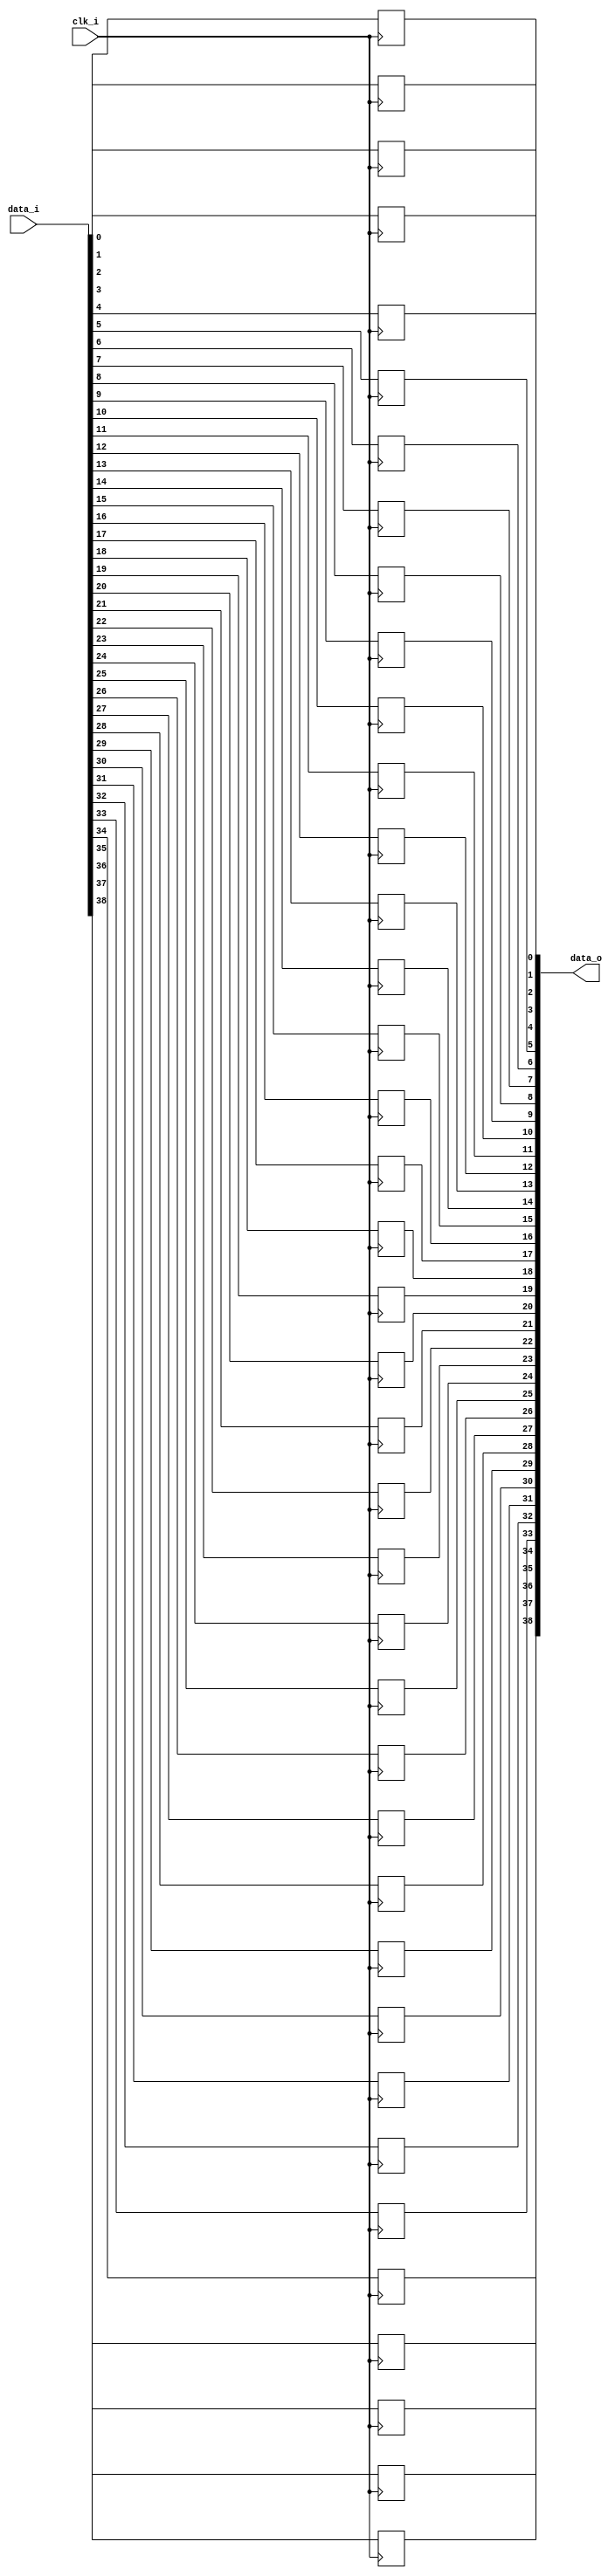
module bsg_dff_width_p39
(
  clk_i,
  data_i,
  data_o
);

  input [38:0] data_i;
  output [38:0] data_o;
  input clk_i;
  wire [38:0] data_o;
  reg data_o_38_sv2v_reg,data_o_37_sv2v_reg,data_o_36_sv2v_reg,data_o_35_sv2v_reg,
  data_o_34_sv2v_reg,data_o_33_sv2v_reg,data_o_32_sv2v_reg,data_o_31_sv2v_reg,
  data_o_30_sv2v_reg,data_o_29_sv2v_reg,data_o_28_sv2v_reg,data_o_27_sv2v_reg,
  data_o_26_sv2v_reg,data_o_25_sv2v_reg,data_o_24_sv2v_reg,data_o_23_sv2v_reg,
  data_o_22_sv2v_reg,data_o_21_sv2v_reg,data_o_20_sv2v_reg,data_o_19_sv2v_reg,data_o_18_sv2v_reg,
  data_o_17_sv2v_reg,data_o_16_sv2v_reg,data_o_15_sv2v_reg,data_o_14_sv2v_reg,
  data_o_13_sv2v_reg,data_o_12_sv2v_reg,data_o_11_sv2v_reg,data_o_10_sv2v_reg,
  data_o_9_sv2v_reg,data_o_8_sv2v_reg,data_o_7_sv2v_reg,data_o_6_sv2v_reg,
  data_o_5_sv2v_reg,data_o_4_sv2v_reg,data_o_3_sv2v_reg,data_o_2_sv2v_reg,data_o_1_sv2v_reg,
  data_o_0_sv2v_reg;
  assign data_o[38] = data_o_38_sv2v_reg;
  assign data_o[37] = data_o_37_sv2v_reg;
  assign data_o[36] = data_o_36_sv2v_reg;
  assign data_o[35] = data_o_35_sv2v_reg;
  assign data_o[34] = data_o_34_sv2v_reg;
  assign data_o[33] = data_o_33_sv2v_reg;
  assign data_o[32] = data_o_32_sv2v_reg;
  assign data_o[31] = data_o_31_sv2v_reg;
  assign data_o[30] = data_o_30_sv2v_reg;
  assign data_o[29] = data_o_29_sv2v_reg;
  assign data_o[28] = data_o_28_sv2v_reg;
  assign data_o[27] = data_o_27_sv2v_reg;
  assign data_o[26] = data_o_26_sv2v_reg;
  assign data_o[25] = data_o_25_sv2v_reg;
  assign data_o[24] = data_o_24_sv2v_reg;
  assign data_o[23] = data_o_23_sv2v_reg;
  assign data_o[22] = data_o_22_sv2v_reg;
  assign data_o[21] = data_o_21_sv2v_reg;
  assign data_o[20] = data_o_20_sv2v_reg;
  assign data_o[19] = data_o_19_sv2v_reg;
  assign data_o[18] = data_o_18_sv2v_reg;
  assign data_o[17] = data_o_17_sv2v_reg;
  assign data_o[16] = data_o_16_sv2v_reg;
  assign data_o[15] = data_o_15_sv2v_reg;
  assign data_o[14] = data_o_14_sv2v_reg;
  assign data_o[13] = data_o_13_sv2v_reg;
  assign data_o[12] = data_o_12_sv2v_reg;
  assign data_o[11] = data_o_11_sv2v_reg;
  assign data_o[10] = data_o_10_sv2v_reg;
  assign data_o[9] = data_o_9_sv2v_reg;
  assign data_o[8] = data_o_8_sv2v_reg;
  assign data_o[7] = data_o_7_sv2v_reg;
  assign data_o[6] = data_o_6_sv2v_reg;
  assign data_o[5] = data_o_5_sv2v_reg;
  assign data_o[4] = data_o_4_sv2v_reg;
  assign data_o[3] = data_o_3_sv2v_reg;
  assign data_o[2] = data_o_2_sv2v_reg;
  assign data_o[1] = data_o_1_sv2v_reg;
  assign data_o[0] = data_o_0_sv2v_reg;

  always @(posedge clk_i) begin
    if(1'b1) begin
      data_o_38_sv2v_reg <= data_i[38];
    end 
  end


  always @(posedge clk_i) begin
    if(1'b1) begin
      data_o_37_sv2v_reg <= data_i[37];
    end 
  end


  always @(posedge clk_i) begin
    if(1'b1) begin
      data_o_36_sv2v_reg <= data_i[36];
    end 
  end


  always @(posedge clk_i) begin
    if(1'b1) begin
      data_o_35_sv2v_reg <= data_i[35];
    end 
  end


  always @(posedge clk_i) begin
    if(1'b1) begin
      data_o_34_sv2v_reg <= data_i[34];
    end 
  end


  always @(posedge clk_i) begin
    if(1'b1) begin
      data_o_33_sv2v_reg <= data_i[33];
    end 
  end


  always @(posedge clk_i) begin
    if(1'b1) begin
      data_o_32_sv2v_reg <= data_i[32];
    end 
  end


  always @(posedge clk_i) begin
    if(1'b1) begin
      data_o_31_sv2v_reg <= data_i[31];
    end 
  end


  always @(posedge clk_i) begin
    if(1'b1) begin
      data_o_30_sv2v_reg <= data_i[30];
    end 
  end


  always @(posedge clk_i) begin
    if(1'b1) begin
      data_o_29_sv2v_reg <= data_i[29];
    end 
  end


  always @(posedge clk_i) begin
    if(1'b1) begin
      data_o_28_sv2v_reg <= data_i[28];
    end 
  end


  always @(posedge clk_i) begin
    if(1'b1) begin
      data_o_27_sv2v_reg <= data_i[27];
    end 
  end


  always @(posedge clk_i) begin
    if(1'b1) begin
      data_o_26_sv2v_reg <= data_i[26];
    end 
  end


  always @(posedge clk_i) begin
    if(1'b1) begin
      data_o_25_sv2v_reg <= data_i[25];
    end 
  end


  always @(posedge clk_i) begin
    if(1'b1) begin
      data_o_24_sv2v_reg <= data_i[24];
    end 
  end


  always @(posedge clk_i) begin
    if(1'b1) begin
      data_o_23_sv2v_reg <= data_i[23];
    end 
  end


  always @(posedge clk_i) begin
    if(1'b1) begin
      data_o_22_sv2v_reg <= data_i[22];
    end 
  end


  always @(posedge clk_i) begin
    if(1'b1) begin
      data_o_21_sv2v_reg <= data_i[21];
    end 
  end


  always @(posedge clk_i) begin
    if(1'b1) begin
      data_o_20_sv2v_reg <= data_i[20];
    end 
  end


  always @(posedge clk_i) begin
    if(1'b1) begin
      data_o_19_sv2v_reg <= data_i[19];
    end 
  end


  always @(posedge clk_i) begin
    if(1'b1) begin
      data_o_18_sv2v_reg <= data_i[18];
    end 
  end


  always @(posedge clk_i) begin
    if(1'b1) begin
      data_o_17_sv2v_reg <= data_i[17];
    end 
  end


  always @(posedge clk_i) begin
    if(1'b1) begin
      data_o_16_sv2v_reg <= data_i[16];
    end 
  end


  always @(posedge clk_i) begin
    if(1'b1) begin
      data_o_15_sv2v_reg <= data_i[15];
    end 
  end


  always @(posedge clk_i) begin
    if(1'b1) begin
      data_o_14_sv2v_reg <= data_i[14];
    end 
  end


  always @(posedge clk_i) begin
    if(1'b1) begin
      data_o_13_sv2v_reg <= data_i[13];
    end 
  end


  always @(posedge clk_i) begin
    if(1'b1) begin
      data_o_12_sv2v_reg <= data_i[12];
    end 
  end


  always @(posedge clk_i) begin
    if(1'b1) begin
      data_o_11_sv2v_reg <= data_i[11];
    end 
  end


  always @(posedge clk_i) begin
    if(1'b1) begin
      data_o_10_sv2v_reg <= data_i[10];
    end 
  end


  always @(posedge clk_i) begin
    if(1'b1) begin
      data_o_9_sv2v_reg <= data_i[9];
    end 
  end


  always @(posedge clk_i) begin
    if(1'b1) begin
      data_o_8_sv2v_reg <= data_i[8];
    end 
  end


  always @(posedge clk_i) begin
    if(1'b1) begin
      data_o_7_sv2v_reg <= data_i[7];
    end 
  end


  always @(posedge clk_i) begin
    if(1'b1) begin
      data_o_6_sv2v_reg <= data_i[6];
    end 
  end


  always @(posedge clk_i) begin
    if(1'b1) begin
      data_o_5_sv2v_reg <= data_i[5];
    end 
  end


  always @(posedge clk_i) begin
    if(1'b1) begin
      data_o_4_sv2v_reg <= data_i[4];
    end 
  end


  always @(posedge clk_i) begin
    if(1'b1) begin
      data_o_3_sv2v_reg <= data_i[3];
    end 
  end


  always @(posedge clk_i) begin
    if(1'b1) begin
      data_o_2_sv2v_reg <= data_i[2];
    end 
  end


  always @(posedge clk_i) begin
    if(1'b1) begin
      data_o_1_sv2v_reg <= data_i[1];
    end 
  end


  always @(posedge clk_i) begin
    if(1'b1) begin
      data_o_0_sv2v_reg <= data_i[0];
    end 
  end


endmodule